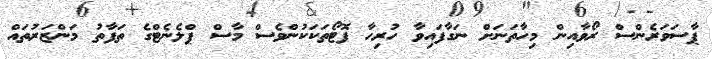
ޕާސަވަރެންސް ރޯވާއިން މިހާތަނަށް ނަގާފައިވާ ހުރިހާ ފޮޓޯތަކަކުންވެސް މާސް ޕްލެނެޓްގެ ތަފާތު މަންޒަރުތައް